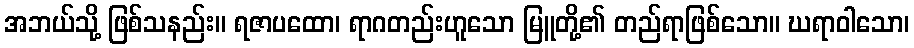
အဘယ်သို့ ဖြစ်သနည်း။ ရဇာပထော၊ ရာဂတည်းဟူသော မြူတို့၏ တည်ရာဖြစ်သော။ ဃရာဝါသော၊